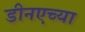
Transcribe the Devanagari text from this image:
डीनएच्या